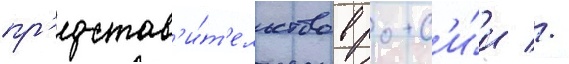
пр'едстав'и́т'ельство в росс'и́и //